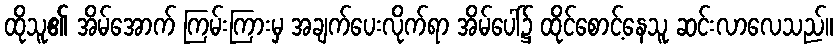
ထိုသူ၏ အိမ်အောက် ကြမ်းကြားမှ အချက်ပေးလိုက်ရာ အိမ်ပေါ်၌ ထိုင်စောင့်နေသူ ဆင်းလာလေသည်။